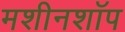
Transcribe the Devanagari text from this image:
मशीनशॉप